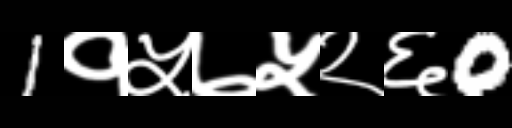
Text: 1१५७५२६0